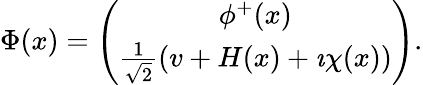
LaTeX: \begin{array}{r}{\Phi(x)=\left(\begin{array}{c}{\phi^{+}(x)}\\ {\frac{1}{\sqrt{2}}(v+H(x)+\imath\chi(x))}\end{array}\right).}\end{array}